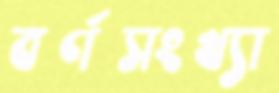
বর্ণসংখ্যা